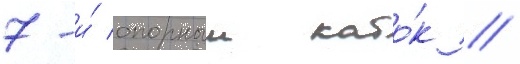
7-и́ опорныи като́к //